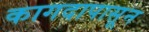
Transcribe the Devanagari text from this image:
कागदापासून